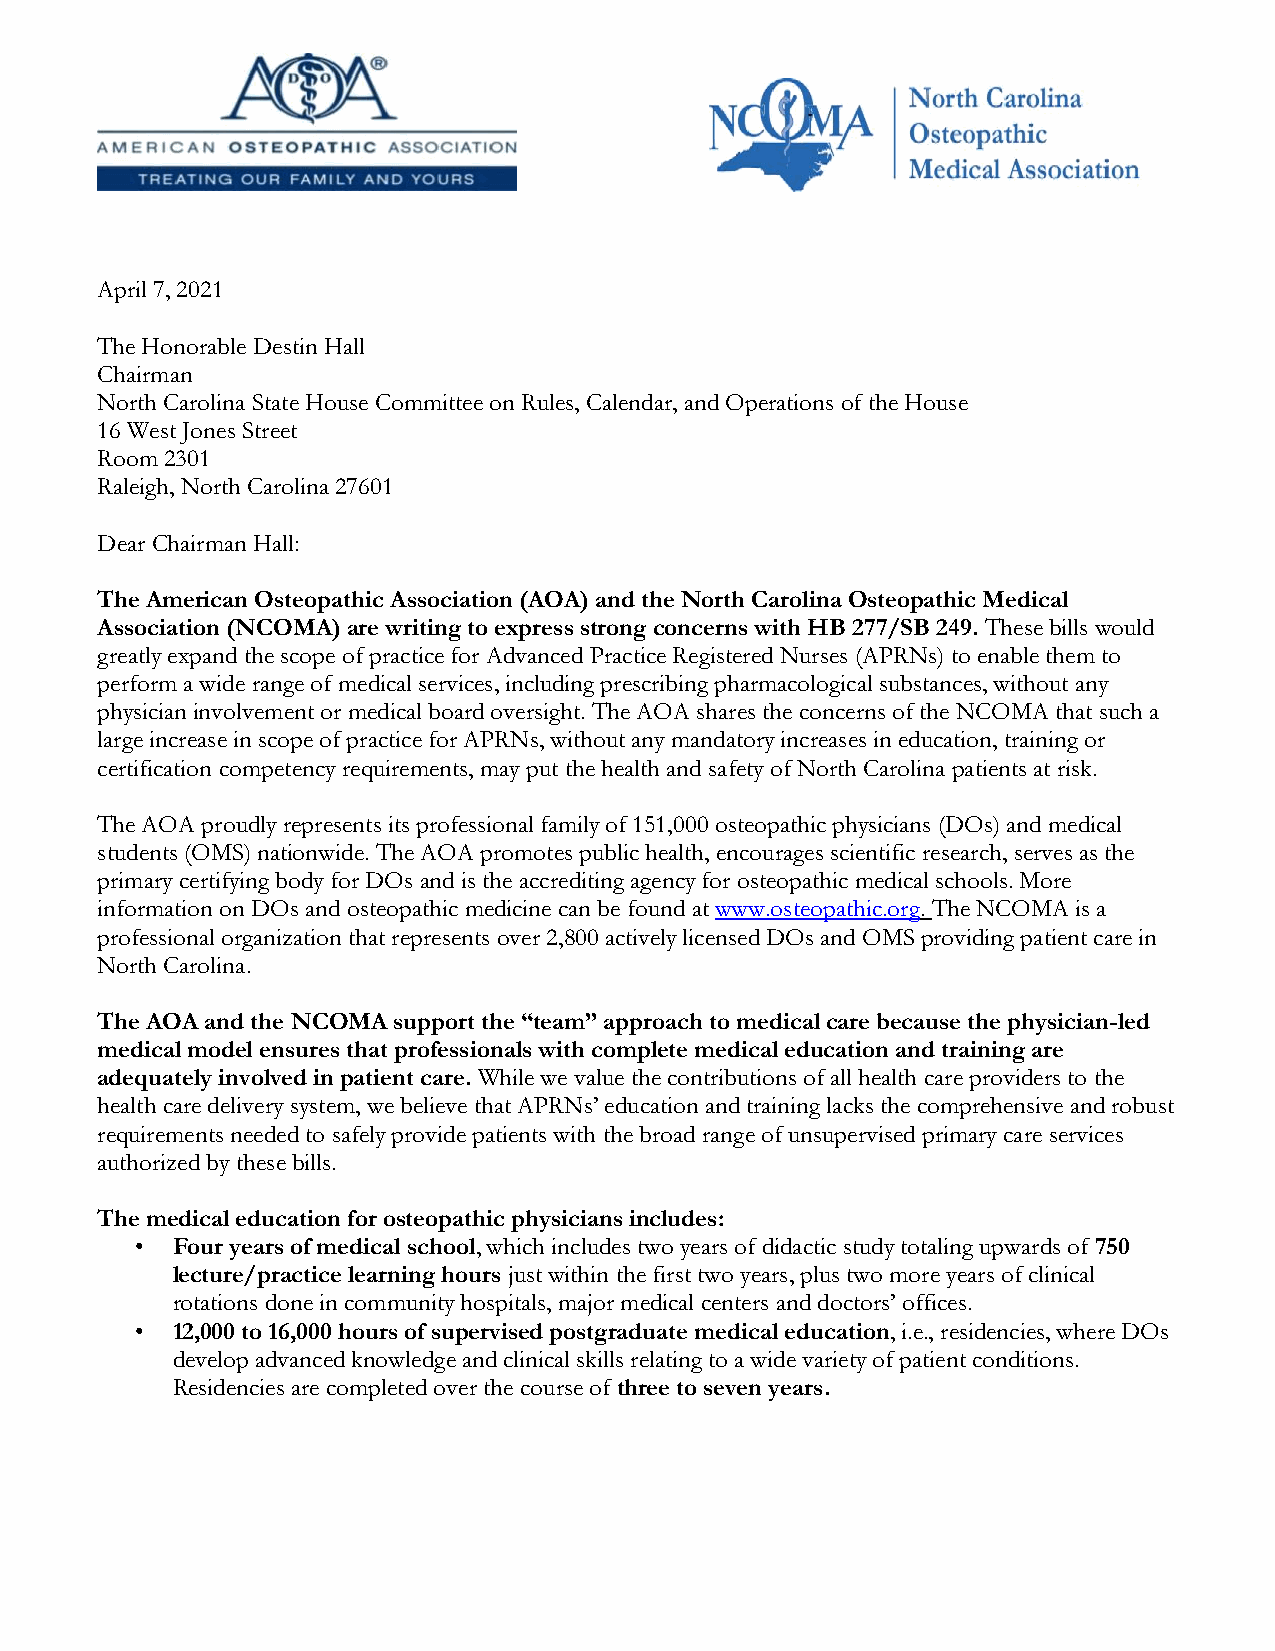
April 7, 2021
 The Honorable Destin Hall
 Chairman
 North Carolina State House Committee on Rules, Calendar, and Operations of the House
 16 West Jones Street
 Room 2301
 Raleigh, North Carolina 27601
 Dear Chairman Hall:
 The American Osteopathic Association (AOA) and the North Carolina Osteopathic Medical
 Association (NCOMA) are writing to express strong concerns with HB 277/SB 249. These bills would
 greatly expand the scope of practice for Advanced Practice Registered Nurses (APRNs) to enable them to
 perform a wide range of medical services, including prescribing pharmacological substances, without any
 physician involvement or medical board oversight. The AOA shares the concerns of the NCOMA that such a
 large increase in scope of practice for APRNs, without any mandatory increases in education, training or
 certification competency requirements, may put the health and safety of North Carolina patients at risk.
 The AOA proudly represents its professional family of 151,000 osteopathic physicians (DOs) and medical
 students (OMS) nationwide. The AOA promotes public health, encourages scientific research, serves as the
 primary certifying body for DOs and is the accrediting agency for osteopathic medical schools. More
 information on DOs and osteopathic medicine can be found at www.osteopathic.org. The NCOMA is a
 professional organization that represents over 2,800 actively licensed DOs and OMS providing patient care in
 North Carolina.
 The AOA and the NCOMA support the “team” approach to medical care because the physician-led
 medical model ensures that professionals with complete medical education and training are
 adequately involved in patient care. While we value the contributions of all health care providers to the
 health care delivery system, we believe that APRNs’ education and training lacks the comprehensive and robust
 requirements needed to safely provide patients with the broad range of unsupervised primary care services
 authorized by these bills.
 The medical education for osteopathic physicians includes:
 • Four years of medical school, which includes two years of didactic study totaling upwards of 750
 lecture/practice learning hours just within the first two years, plus two more years of clinical
 rotations done in community hospitals, major medical centers and doctors’ offices.
 • 12,000 to 16,000 hours of supervised postgraduate medical education, i.e., residencies, where DOs
 develop advanced knowledge and clinical skills relating to a wide variety of patient conditions.
 Residencies are completed over the course of three to seven years.